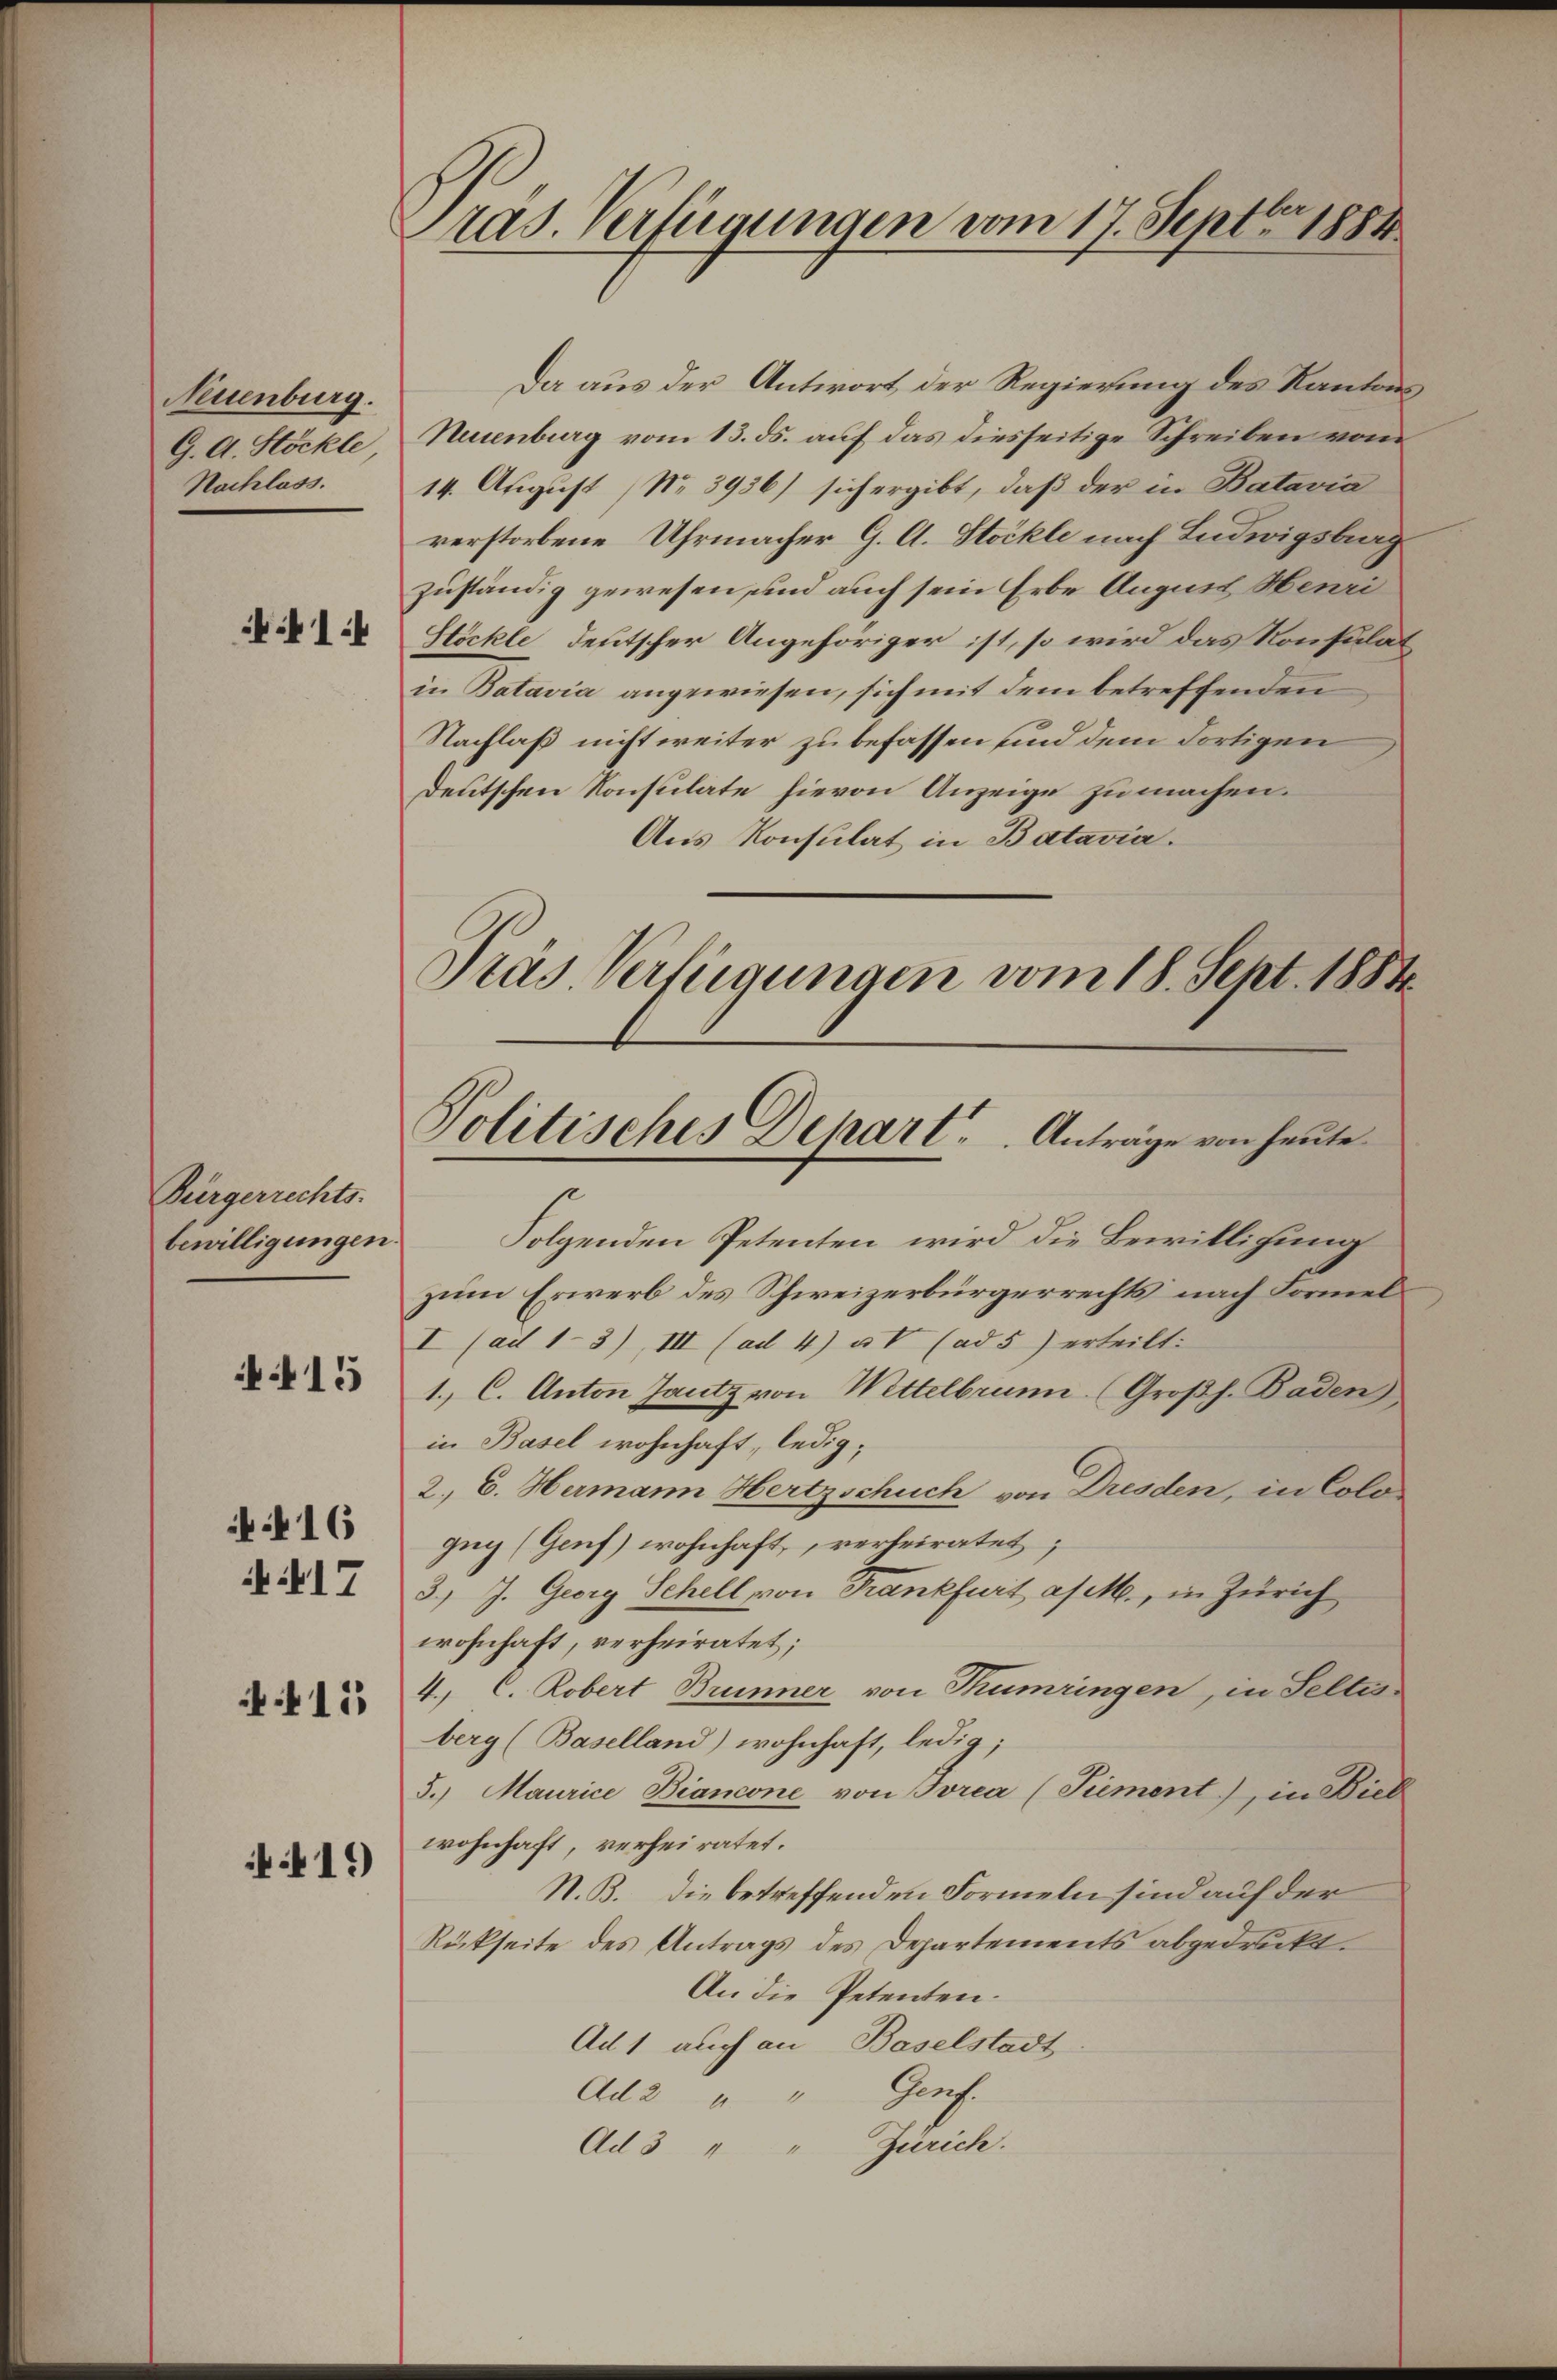
Neuenburg.
G. A. Höckle
Nachlass.

1

Bürgerrechts-
bewilligungen

4415

16

17

415

41.)

ras. Verfügungen vom 17. Septbr 1884

Pras Verfügungen vom 18. Sept. 1883.
Politisches Depart. Anträge von heute

Da aus der Antwort der Regierung des Kantons¬
Neuenburg vom 13. ds. auf das diesseitige Schreiben vom
14. August (Nr. 3936) sich ergibt, daß der in Batavia
verstorbene Uhrmacher G. A. Stöckle nach Ludwigsbrag
zuständig gewesen, und auch sein Erbe August Henri
Stöckle, deutscher Angehöriger ist, so wird das Konsulat
in Batavia angewiesen, sich mit dem betreffenden
Nachlaß nicht weiter zu befassen und dem dortigen
Deutschen Konsulate hievon Anzeige zu machen.
Aus Konsulat in Batavia.
Folgenden Petenten wird die Bewilligung
zum Erwerb des Schweizerbürgerrechts nach Formel¬
I (ait 13) III (ad 4) u V (ad 5) erteilt.
1. C. Anton Jantz von Wittelbrunn. (Großh. Baden
in Basel wohnhaft, ledig,
2. C. Hermann Hertzschuch von Dresden, in Colos
gug (Genf) wohnhaft, verheiratet,
3.) J. Georg Schell von Frankfurt a/M., in Zürich
wohnhaft, verheiratet;
4., C. Robert Brunner von Tumringen, in Seltes
berg (Baselland) wohnhaft, ledig,
5.) Maurice Biancone von Borea (Tiement), in Biel
wohnhaft, verheiratet.
N. B. die betreffenden Formeln sind auf der
Rückseite des Antrags des Departements abgedruckt.
An die Petenten.
Ad 1 auch an Baselstadt
Ad2 " " Genf.
Ad 3 " " Zürich.